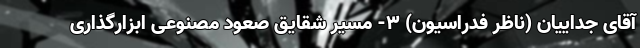
آقای جداییان (ناظر فدراسیون) ۳- مسیر شقایق صعود مصنوعی ابزارگذاری